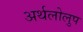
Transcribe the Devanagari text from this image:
अर्थलोलुप